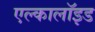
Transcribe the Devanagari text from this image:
एल्कालॉइड